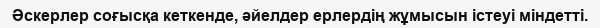
Әскерлер соғысқа кеткенде, әйелдер ерлердің жұмысын істеуі міндетті.